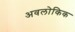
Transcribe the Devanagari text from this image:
अवलोकिक